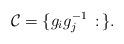
LaTeX: \begin{align*}\mathcal{C}=\{g_ig_j^{-1}\,:\,\}.\end{align*}